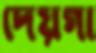
দেয়গা